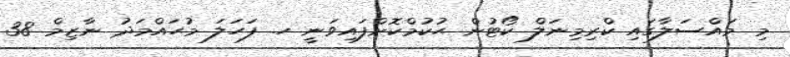
މި މައްސަލާގައި ކްރިމިނަލް ކޯޓުން ޙުކުމްކޮށްފައިވަނީ ހ. ފަހަލަ މުޙައްމަދު ނާޒިމް 38